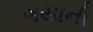
ગયાની